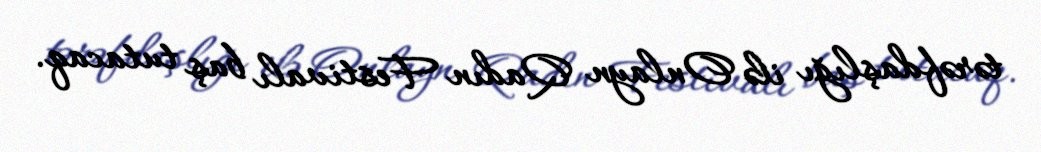
tərəfdaşlığı ilə Onlayn Qadın Festivalı baş tutacaq.